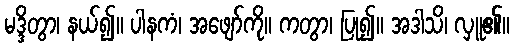
မဒ္ဒိတွာ၊ နယ်၍။ ပါနကံ၊ အဖျော်ကို။ ကတွာ၊ ပြု၍။ အဒါသိ၊ လှူ၏။